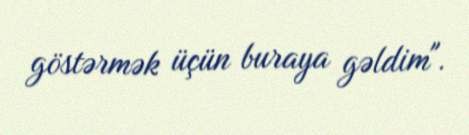
göstərmək üçün buraya gəldim".